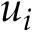
u _ { i }